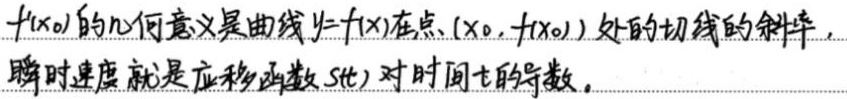
$f'(x_0)$的几何意义是曲线\(y = f(x)\)在点\((x_0,f(x_0))\)处的切线的斜率，瞬时速度就是位移函数\(s(t)\)对时间\(t\)的导数。